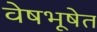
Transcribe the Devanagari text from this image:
वेषभूषेत